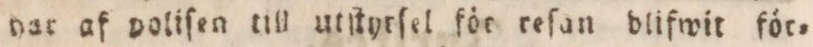
har af poliſen till utſtyrſel för reſan blifwit för=